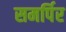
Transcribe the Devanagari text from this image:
समर्पिर